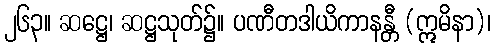
၂၆၃။ ဆဋ္ဌေ၊ ဆဋ္ဌသုတ်၌။ ပဏီတဒါယိကာနန္တီ (ဣမိနာ)၊